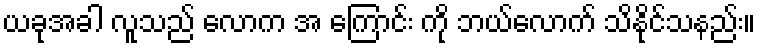
ယခုအခါ လူသည် လောက အ ကြောင်း ကို ဘယ်လောက် သိနိုင်သနည်း။